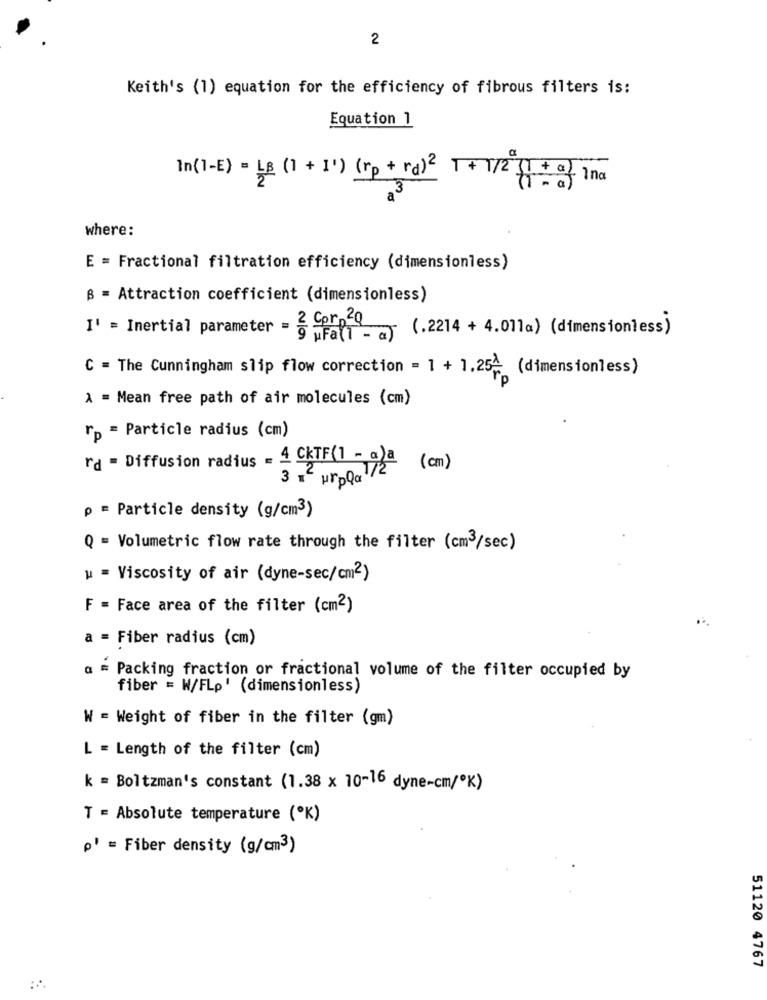
2
Keith's (1) equation for the efficiency of fibrous filters is:
Equation 1
In(1-E) = LB (1 + 1') (rp + rd)2 1 + 1/2 f + of ina
3
where:
E = Fractional filtration efficiency (dimensionless)
B = Attraction coefficient (dimensionless)
I' = Inertial parameter =
@ iFall - a) (.2214 + 4.011a) (dimensionless)
C = The Cunningham slip flow correction = 1 + 1.254
(dimensionless)
A = Mean free path of air molecules (cm)
rp = Particle radius (cm)
I'd = Diffusion radius - 4 CKTF(1 - a)a
3 . ur 00g 1/2 (cm)
p = Particle density (g/cm3)
Q = Volumetric flow rate through the filter (cm3/sec)
u = Viscosity of air (dyne-sec/cm2)
F = Face area of the filter (cm2)
a = Fiber radius (cm)
a = Packing fraction or fractional volume of the filter occupied by
fiber = W/FLp' (dimensionless)
W = Weight of fiber in the filter (gm)
L = Length of the filter (cm)
k = Boltzman's constant (1.38 x 10-16 dyne-cm/*K)
T = Absolute temperature ("K)
p' = Fiber density (g/cm3)
51120 4767